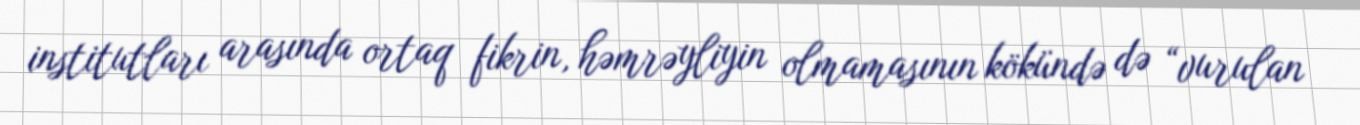
institutları arasında ortaq fikrin, həmrəyliyin olmamasının kökündə də “vurulan